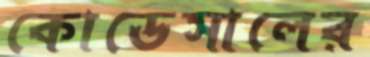
কোডেসালের